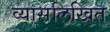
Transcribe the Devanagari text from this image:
व्यासलिखित